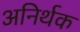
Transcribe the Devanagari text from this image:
अनिर्थक